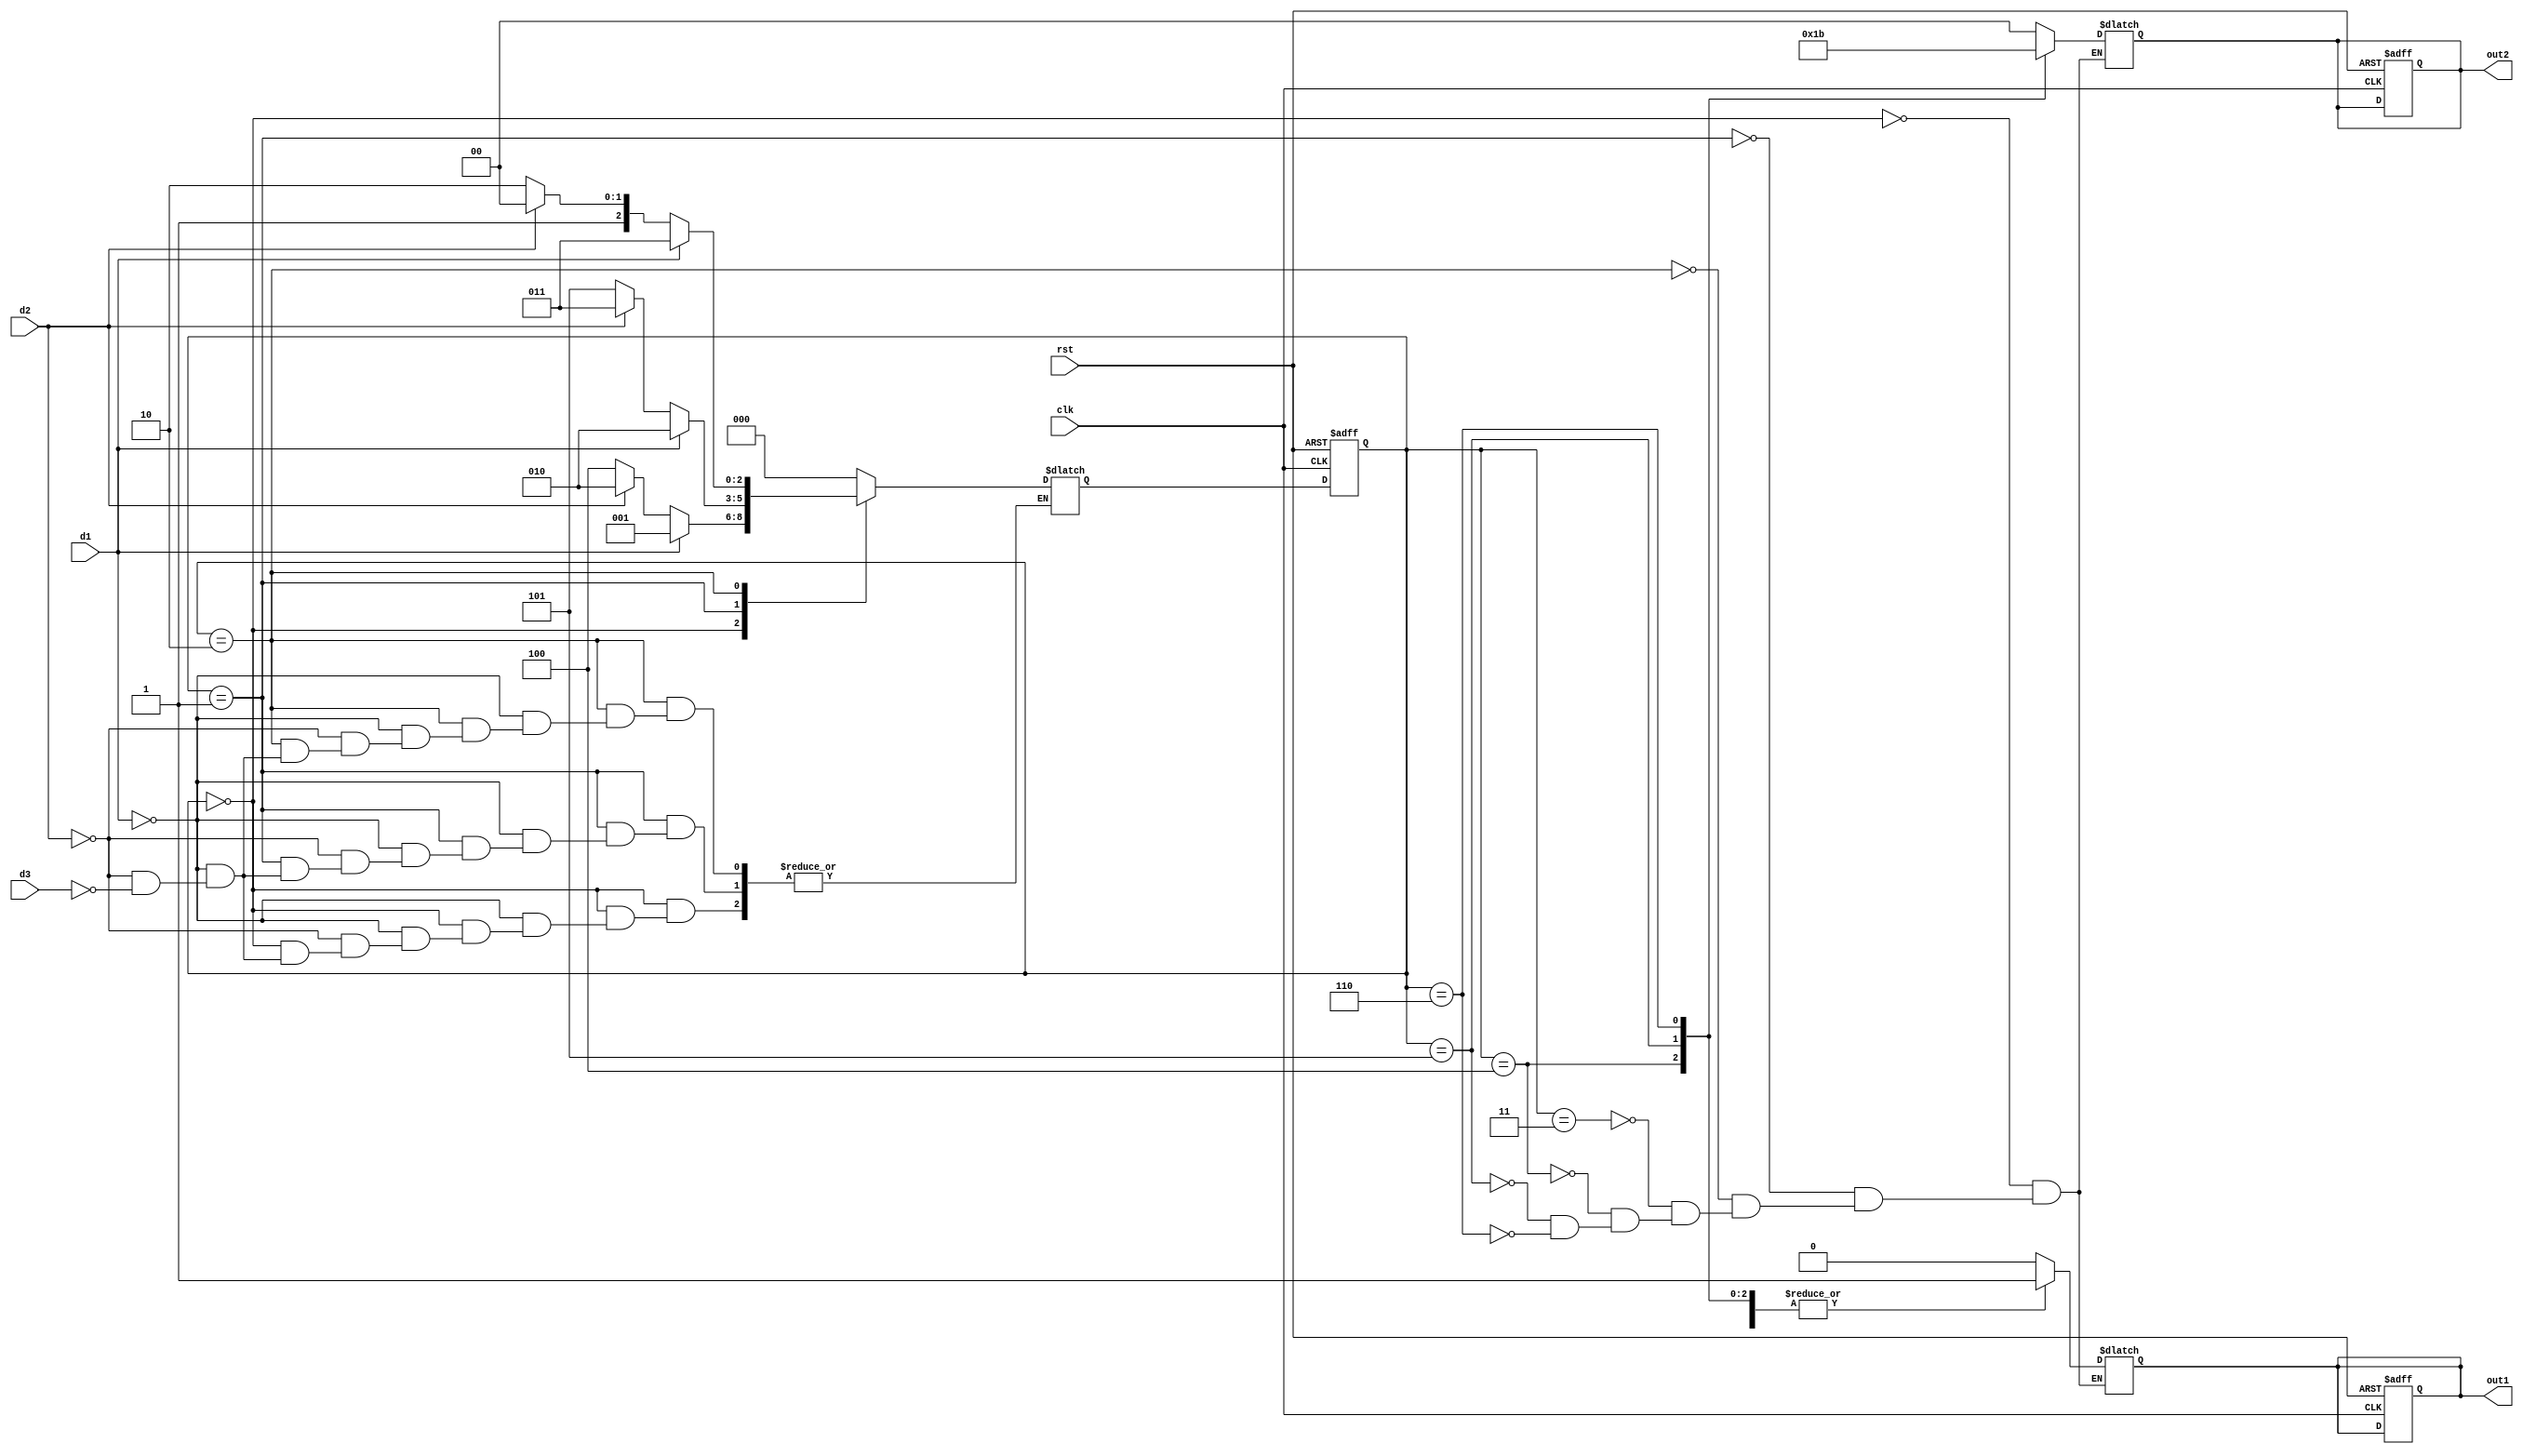
`timescale 1ns/1ns
module seller1(
	input wire clk  ,
	input wire rst  ,
	input wire d1 ,
	input wire d2 ,
	input wire d3 ,
	
	output reg out1,
	output reg [1:0]out2
);
//*************code***********//
    parameter s0 = 3'd0;
    parameter s1 = 3'd1;
    parameter s2 = 3'd2;
    parameter s3 = 3'd3;
    parameter s4 = 3'd4;
    parameter s5 = 3'd5;
    parameter s6 = 3'd6;
    
    reg [2:0] cur;
    reg [2:0] nex;


    always @(posedge clk or negedge rst) begin
        if(rst == 1'b0) begin
            cur = s0;
            out1 = 0;
            out2 = 0;
        end
        else
            cur = nex;
    end
    
    always @(*) begin
        case(cur) 
            s0: begin
                if(d1) begin
                    nex = s1;
                    out1 = 0;
                    out2 = 0;
                end
                else if(d2)  begin
                    nex = s2;
                    out1 = 0;
                    out2 = 0;
                end
                else if(d3) begin
                    nex = s4;
                    out1 = 0;
                    out2 = 0;
                end
                else begin
                    nex = nex;
                    out1 = 0;
                    out2 = 0;
                end
            end
            s1: begin
                if(d1) begin
                    nex = s2;
                    out1 = 0;
                    out2 = 0;
                end
                else if(d2) begin
                    nex = s3;
                    out1 = 0;
                    out2 = 0;
                end
                else if(d3) begin
                    nex = s5;
                    out1 = 0;
                    out2 = 0;
                end
                else begin
                    nex = nex;
                    out1 = 0;
                    out2 = 0;
                end
            end
            s2:begin 
                if(d1) begin
                    nex = s3;
                    out1 = 0;
                    out2 = 0;
                end
                else if(d2) begin
                    nex = s4;
                    out1 = 0;
                    out2 = 0;
                end
                else if(d3) begin
                    nex = s6;
                    out1 = 0;
                    out2 = 0;
                end
                else begin
                    nex = nex;
                    out1 = 0;
                    out2 = 0;
                end
            end
            s3:begin 
                nex = s0;
                out1 = 1;
                out2 = 0;
            end
            s4:begin 
                nex = s0;
                out1 = 1;
                out2 = 1;
            end
            s5: begin 
                nex = s0;
                out1 = 1;
                out2 = 2;
            end
            s6: begin 
                nex = s0;
                out1 = 1;
                out2 = 3;
            end
            default: begin 
                nex = s0;

                end
        endcase
    end

//*************code***********//
endmodule